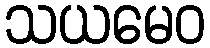
သယမေဝ